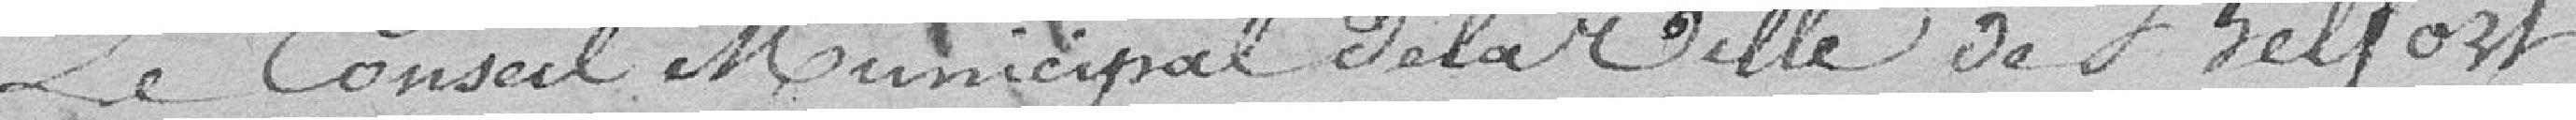
Le Conseil Municipal de la ville de Belfort